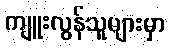
ကျူးလွန်သူများမှာ